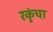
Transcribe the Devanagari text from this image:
रकृंचा